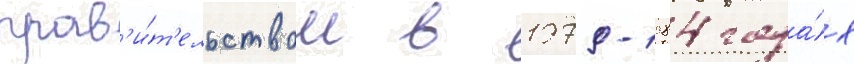
прав'и́т'ельством в 1979-1984 года́х